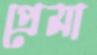
প্রেমা